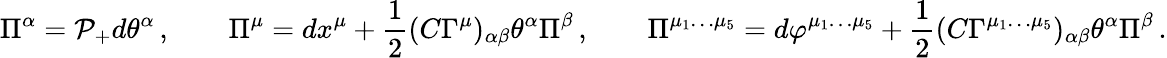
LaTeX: \Pi^{\alpha}=\mathcal{P}_{+}d\theta^{\alpha}\, ,\qquad\Pi^{\mu}=dx^{\mu}+{\frac{1}{2}}(C\Gamma^{\mu})_{\alpha\beta}\theta^{\alpha}\Pi^{\beta}\, ,\qquad\Pi^{\mu_{1}\dots\mu_{5}}=d\varphi^{\mu_{1}\dots\mu_{5}}+{\frac{1}{2}}(C\Gamma^{\mu_{1}\dots\mu_{5}})_{\alpha\beta}\theta^{\alpha}\Pi^{\beta}\, .